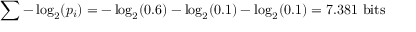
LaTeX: \sum - \log _ { 2 } ( p _ { i } ) = - \log _ { 2 } ( 0 . 6 ) - \log _ { 2 } ( 0 . 1 ) - \log _ { 2 } ( 0 . 1 ) = 7 . 3 8 1 { \mathrm { ~ b i t s } }